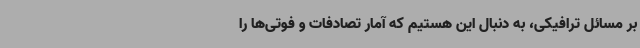
بر مسائل ترافیکی، به دنبال این هستیم که آمار تصادفات و فوتی‌ها را